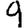
Digit: 9